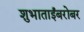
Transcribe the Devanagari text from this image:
शुभाताईंबरोबर